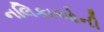
નલિકાઓની